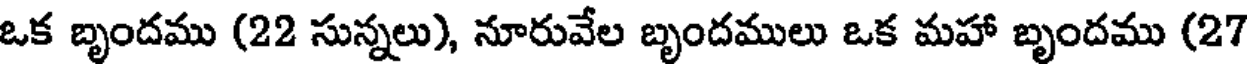
ఒక బృందము (22 సున్నలు), నూరువేల బృందములు ఒక మహా బృందము (27